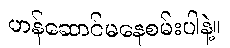
ဟန်ဆောင်မနေစမ်းပါနဲ့။